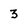
Character: 3